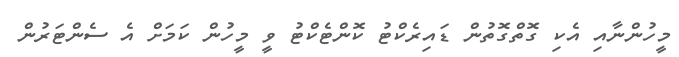
މީހުންނާއި އެކި ގޮތްގޮތުން ޑައިރެކްޓު ކޮންޓެކްޓު ވީ މީހުން ކަމަށް އެ ސެންޓަރުން